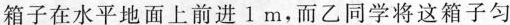
箱子在水平地面上前进1m，而乙同学将这箱子匀